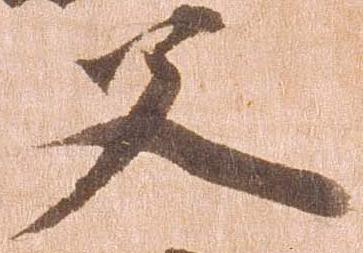
父